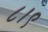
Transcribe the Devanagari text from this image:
८।९